Report on vaccination in Madras 1904-1921 - 1904-1921
Year: 1904
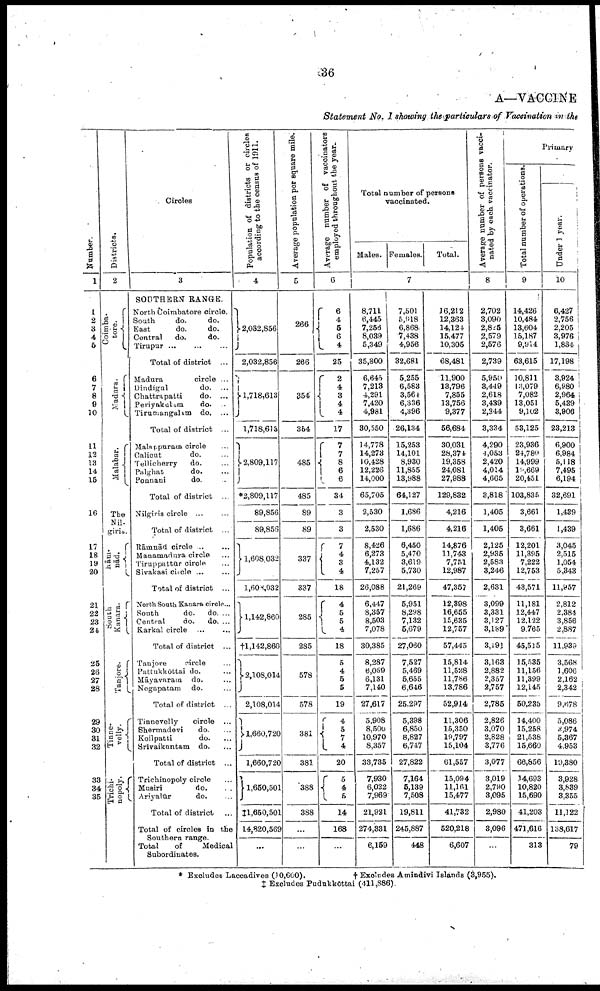
36
Statement No. I showing the particulars of Vaccination in the
Number.
1
1
2
3
4
5
6
7
8
9
10
11
12
13
14
15
16
17
18
19
20
21
22
23
24
25
26
37
28
29
30
81
32
33
34
35
Districts.
2
Coimba-
tore.
Madura.
Malabar.
Nil-
giris.
Rām-
nād.
South
Kanara.
Tanjore.
Tinne-
velly.
Trichi-
nopoly.
Circles
3
SOUTHERN RANGE.
North Coimbatore circle.
South
do.
do.
East
do.
do.
Central
do.
do.
Tirupur...
...
...
Total of district ...
Madura
circle ...
Dindigul
do. ...
Chattrapatti
do. ...
Periyakulam
do.
Tirumangalam do. ...
Total of district ...
Malappuram circle...
Calicut
do. ...
Tellicherry
do. ...
Palghat
do. ...
Ponnani
do. ...
Total of district ...
Nilgiris circle ...
Total of district ...
Rāmnād circle ...
Manamadura circle ...
Tiruppattúr circle...
Sivakasi circle ...
Total of district ...
North South Kanara circle...
South
do. do. ...
Central
do.
do. ...
Karkal circle... ...
Total of district ...
Tanjore
circle...
Pattukkottai do. ...
Māyavaram
do. ...
Negapatam do. ...
Total of district ...
Tinnevelly
circle ...
Shermadevi
do. ...
Koilpatti
do. ...
Srivaikuntam do. ...
Total of district ...
Trichinopoly circle...
Musiri
do. ...
Ariyalúr
do. ...
Total of district ...
Total of circles in the
Total
of
Medical
Subordinates.
Population of districts or circles
according to the census of 1911.
4
2,032,856
2,032,856
1,718,613
1,718,613
2,809,117
*2,809,117
89,856
89,856
1,608,032
1,608,032
1,142,860
†1,142,860
2,108,014
2,108,014
1,660,720
1,660,720
1,650,501
‡1,650,501
14,820,569
...
Average population per square mile.
5
266
266
354
354
485
485
89
89
337
337
285
285
578
578
381
381
388
388
...
...
Average number of vaccinators
employed throughout the year.
6
6
4 5
6
4
25
2
4
3
4
4
17
7 7
8
6
6
34
3
3
7 4
3
4
18
4
5 5
4
18
5
4
5
5
19
4
5
7
4
20
5 4
5
14
168
...
Total number of persons
vaccinated.
Males.
8,711
6,445
7,256
8,039
5,349
35,800
6,645
7,213
4,291
7,420
4,981
30,550
14,778
14,273
10,428
12,226
14,000
65,705
2,530
2,530
8,426
6,273
4,132
7,257
26,088
6,447
8,357
8,503
7,078
30,385
8,287
6,059
6,131
7,140
27,617
5,908
8,500
10,970
8,357
33,735
7,930
6,022
7,969
21,921
274,331
6,159
Females.
7
7,501
5,918
6,868
7,438
4,956
32,681
5,255
6,583
3,561
6,336
4,396
26,134
15,253
14,101
8,930
11,855
13,988
64,127
1,686
1,686
6,450
5,470
3,619
5,730
21,269
5,951
8,298
7,132
5,679
27,060
7,527
5,469
5,655
6,646
25,297
5,398
6,850
8,827
6,747
27,822
7,164
5,139
7,508
19,811
245,887
448
Total.
16,212
12,363
14,124
15,477
10,305
68,481
11,900
13,796
7,855
13,756
9,377
56,684
30,031
28,374
19,358
24,081
27,988
129,832
4,216
4,216
14,876
11,743
7,751
12,987
47,357
12,398
16,655
15,635
12,757
57,445
15,814
11,528
11,786
13,786
52,914
11,306
15,350
19,797
15,104
61,557
15,094
11,161
15,477
41,732
520,218
6,607
Average number of persons vacci-
nated by each vaccinator.
8
2,702
3,090
2,825
2,579
2,576
2,739
5,950
3,449
2,618
3,439
2,344
3,334
4,290
4,053
2,420
4,014
4,665
3,818
1,405
1,405
2,125
2,935
2,583
3,246
2,631
3,099
3,331
3,127
3,189
3,191
3,163
2,882
2,357
2,757
2,785
2,826
3,070
2,828
3,776
3,077
3,019
2,790
3,095
2,980
3,096
...
Primary
Total number of operations.
9
14,426
10,484
13,604
16,187
9,914
63,615
10,811
13,079
7,082
13,051
9,102
53,125
23,936
24,780
14,999
19,669
20,451
103,835
3,661
3,661
12,201
11,395
7,222
12,753
43,571
11,181
12,447
12,122
9,765
45,515
15,535
11,156
11,399
12,145
50,235
14,400
15,258
21,538
15,660
66,856
14,693
10,820
15,690
41,203
471,616
313
Under 1 year.
10
6,427
2,756
2,205
3,976
1,834
17,198
3,924
6,980
2,964
5,489
8,906
23,213
6,900
6,984
5,118
7,495
6,194
32,691
1,439
1,439
3,045
2,515
1,054
5,343
11,957
2,812
2,384
3,856
2,887
11,939
3,568
1,606
2,162
2,342
9,678
5,086
3,974
5,367
4,953
19,380
3,928
3,839
3,355
11,122
133,617
79
* Excludes Laccadives (10,600).
† Excludes Amindivi Islands (3,955).
‡ Excludes Pudukkōttai (411,886).